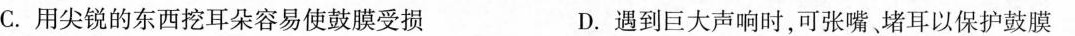
C.用尖锐的东西挖耳朵容易使鼓膜受损 D.遇到巨大声响时，可张嘴堵耳以保护鼓膜